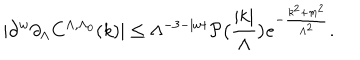
| \partial ^ { w } \partial _ { \Lambda } C ^ { \Lambda , \Lambda _ { 0 } } ( k ) | \le \Lambda ^ { - 3 - | w | } \mathcal { P } \bigl ( \frac { | k | } { \Lambda } \bigr ) e ^ { - \frac { k ^ { 2 } + m ^ { 2 } } { \Lambda ^ { 2 } } } .